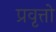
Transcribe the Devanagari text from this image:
प्रवृत्तो